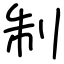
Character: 制